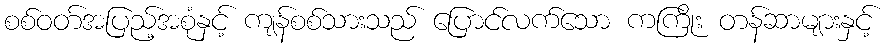
စစ်ဝတ်အပြည့်အစုံနှင့် ကျန်စစ်သားသည် ပြောင်လက်သော ကကြိုး တန်ဆာများနှင့်